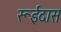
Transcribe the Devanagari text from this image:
रूईदास